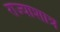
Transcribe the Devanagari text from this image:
राज्याशात्र